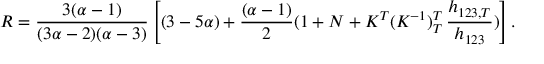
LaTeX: R = \frac { 3 ( \alpha - 1 ) } { ( 3 \alpha - 2 ) ( \alpha - 3 ) } \left[ ( 3 - 5 \alpha ) + \frac { ( \alpha - 1 ) } { 2 } ( 1 + N + K ^ { T } ( K ^ { - 1 } ) _ { T } ^ { T } \, \frac { h _ { 1 2 3 , T } } { h _ { 1 2 3 } } ) \right] .